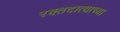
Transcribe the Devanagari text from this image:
रक्तदात्याच्या